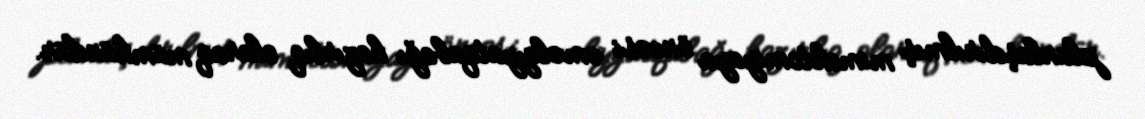
planlaşdırılmış mimektomiyaya öncəsi əməliyyatqabağı hazırlıq olaraq mümkündür.